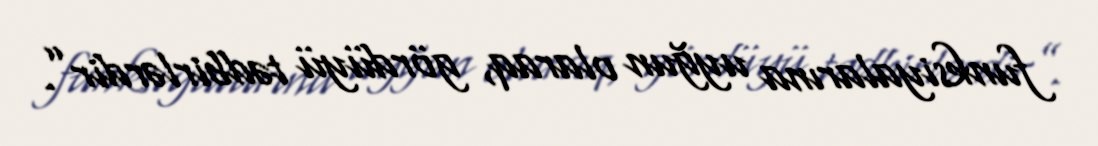
funksiyalarına uyğun olaraq, gördüyü tədbirlərdir”.